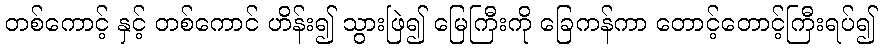
တစ်ကောင့် နှင့် တစ်ကောင် ဟိန်း၍ သွားဖြဲ၍ မြေကြီးကို ခြေကန်ကာ တောင့်တောင့်ကြီးရပ်၍